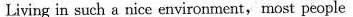
Living in such a nice environment,most people